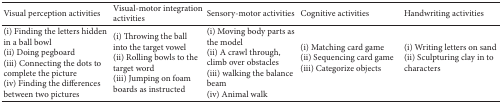
<table><thead><tr><td><b>Visual perception activities</b></td><td><b>Visual-motor integration activities</b></td><td><b>Sensory-motor activities</b></td><td><b>Cognitive activities</b></td><td><b>Handwriting activities</b></td></tr></thead><tbody><tr><td>(i) Finding the letters hidden in a ball bowl(ii) Doing pegboard(iii) Connecting the dots to complete the picture(iv) Finding the differences between two pictures</td><td>(i) Throwing the ball into the target vowel(ii) Rolling bowls to the target word(iii) Jumping on foam boards as instructed</td><td>(i) Moving body parts as the model(ii) A crawl through, climb over obstacles(iii) walking the balance beam(iv) Animal walk</td><td>(i) Matching card game(ii) Sequencing card game(iii) Categorize objects</td><td>(i) Writing letters on sand(ii) Sculpturing clay in to characters</td></tr></tbody></table>